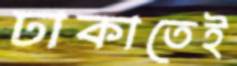
ঢাকাতেই